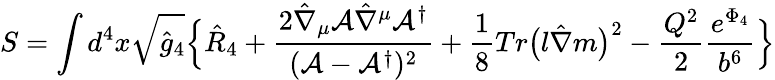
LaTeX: S=\int d^{4}x\sqrt{\hat{g}_{4}}\Bigl\{ \hat{R}_{4}+\frac{2\hat{\nabla}_{\mu}{\cal A}\hat{\nabla}^{\mu}{\cal A}^{\dagger}}{({\cal A}-{\cal A}^{\dagger})^{2}}+\frac{1}{8}Tr\bigl(l\hat{\nabla}m\bigr)^{2}-\frac{Q^{2}}{2}\frac{e^{\Phi_{4}}}{b^{6}}\Bigr\}